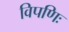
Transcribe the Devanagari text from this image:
विपणिः